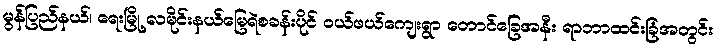
မွန်ပြည်နယ်၊ ရေးမြို့ လမိုင်းနယ်မြေရဲစခန်းပိုင် ဝယ်ဖယ်ကျေးရွာ တောင်ခြေအနီး ရာဘာထင်းခြံအတွင်း